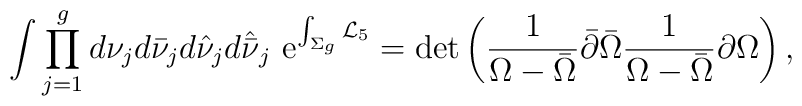
\int\prod_{j=1}^gd\nu_jd\bar\nu_jd\hat\nu_jd\hat{\bar \nu}_j\,\,{\rm e}^{\int_{\Sigma_g}{\cal L}_5}=\det\left({1\over \Omega-\bar\Omega}\bar\partial\bar\Omega{1\over \Omega-\bar \Omega}\partial\Omega\right),